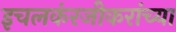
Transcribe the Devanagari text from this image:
इचलकंरजीकरांच्या